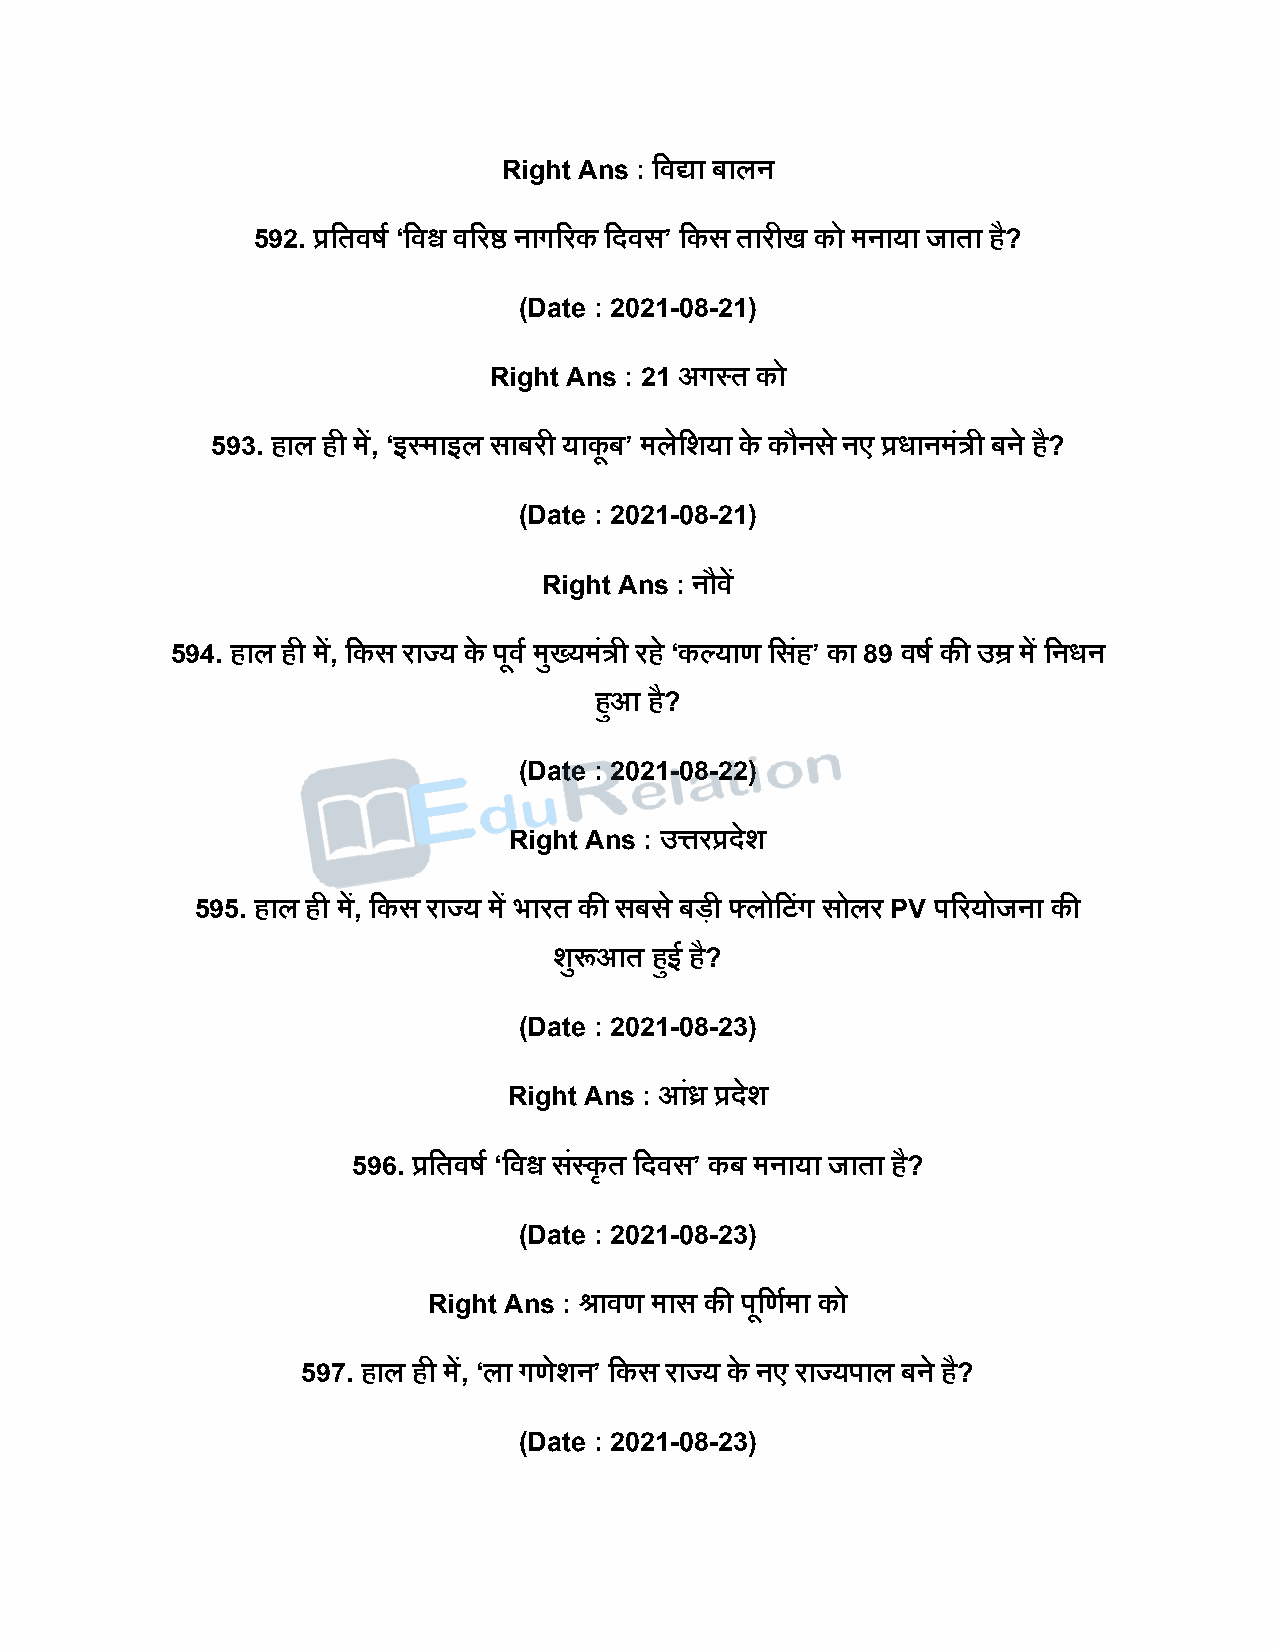
Right Ans : दवद्या बालन
 592. प्रदतवर्ष ‘दवश्व वररष्ठ नागररक दिवस’ दकस तारीख को मनाया जाता है?
 (Date : 2021-08-21)
 Right Ans : 21 अगस्त को
 593. हाल ही में, ‘इस्माइल साबरी याकू ब’ मलेदशया के कौनस े नए प्रधानमंत्री बने है?
 (Date : 2021-08-21)
 Right Ans : नौवें
 594. हाल ही में, दकस राज्य के िूवष मुख्यमंत्री रह े ‘कल्याण दसहं ’ का 89 वर्ष की उम्र में दनधन
 हुआ है?
 (Date : 2021-08-22)
 Right Ans : उत्तरप्रिेश
 595. हाल ही में, दकस राज्य में भारत की सबस े बिी फ्लोदटंग सोलर PV िररयोजना की
 शुरूआत हुई है?
 (Date : 2021-08-23)
 Right Ans : आंध्र प्रिेश
 596. प्रदतवर्ष ‘दवश्व सस्ं कृ त दिवस’ कब मनाया जाता है?
 (Date : 2021-08-23)
 Right Ans : श्रावण मास की िूदणषमा को
 597. हाल ही में, ‘ला गणेशन’ दकस राज्य के नए राज्यिाल बने है?
 (Date : 2021-08-23)